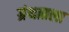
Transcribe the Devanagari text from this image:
ग्रंथातला